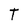
Character: T